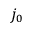
j _ { 0 }